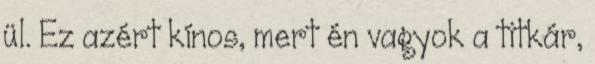
ül. Ez azért kínos, mert én vagyok a titkár,